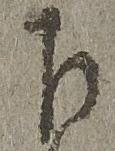
下